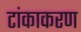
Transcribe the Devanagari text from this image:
टांकाकरण